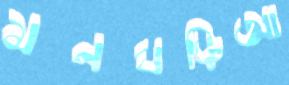
মনঘড়িআ